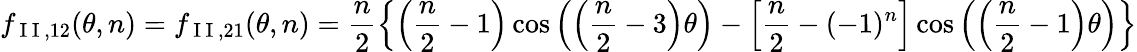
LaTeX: f_{\mathrm{~I~I~},12}(\theta,n)=f_{\mathrm{~I~I~},21}(\theta,n)=\frac{n}{2}\left\{ \left(\frac{n}{2}-1\right)\cos\left(\left(\frac{n}{2}-3\right)\theta\right)-\left[\frac{n}{2}-(-1)^{n}\right]\cos\left(\left(\frac{n}{2}-1\right)\theta\right)\right\}